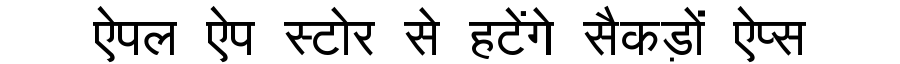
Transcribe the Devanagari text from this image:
ऐपल ऐप स्टोर से हटेंगे सैकड़ों ऐप्स